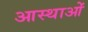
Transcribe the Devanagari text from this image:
आस्‍थाओं